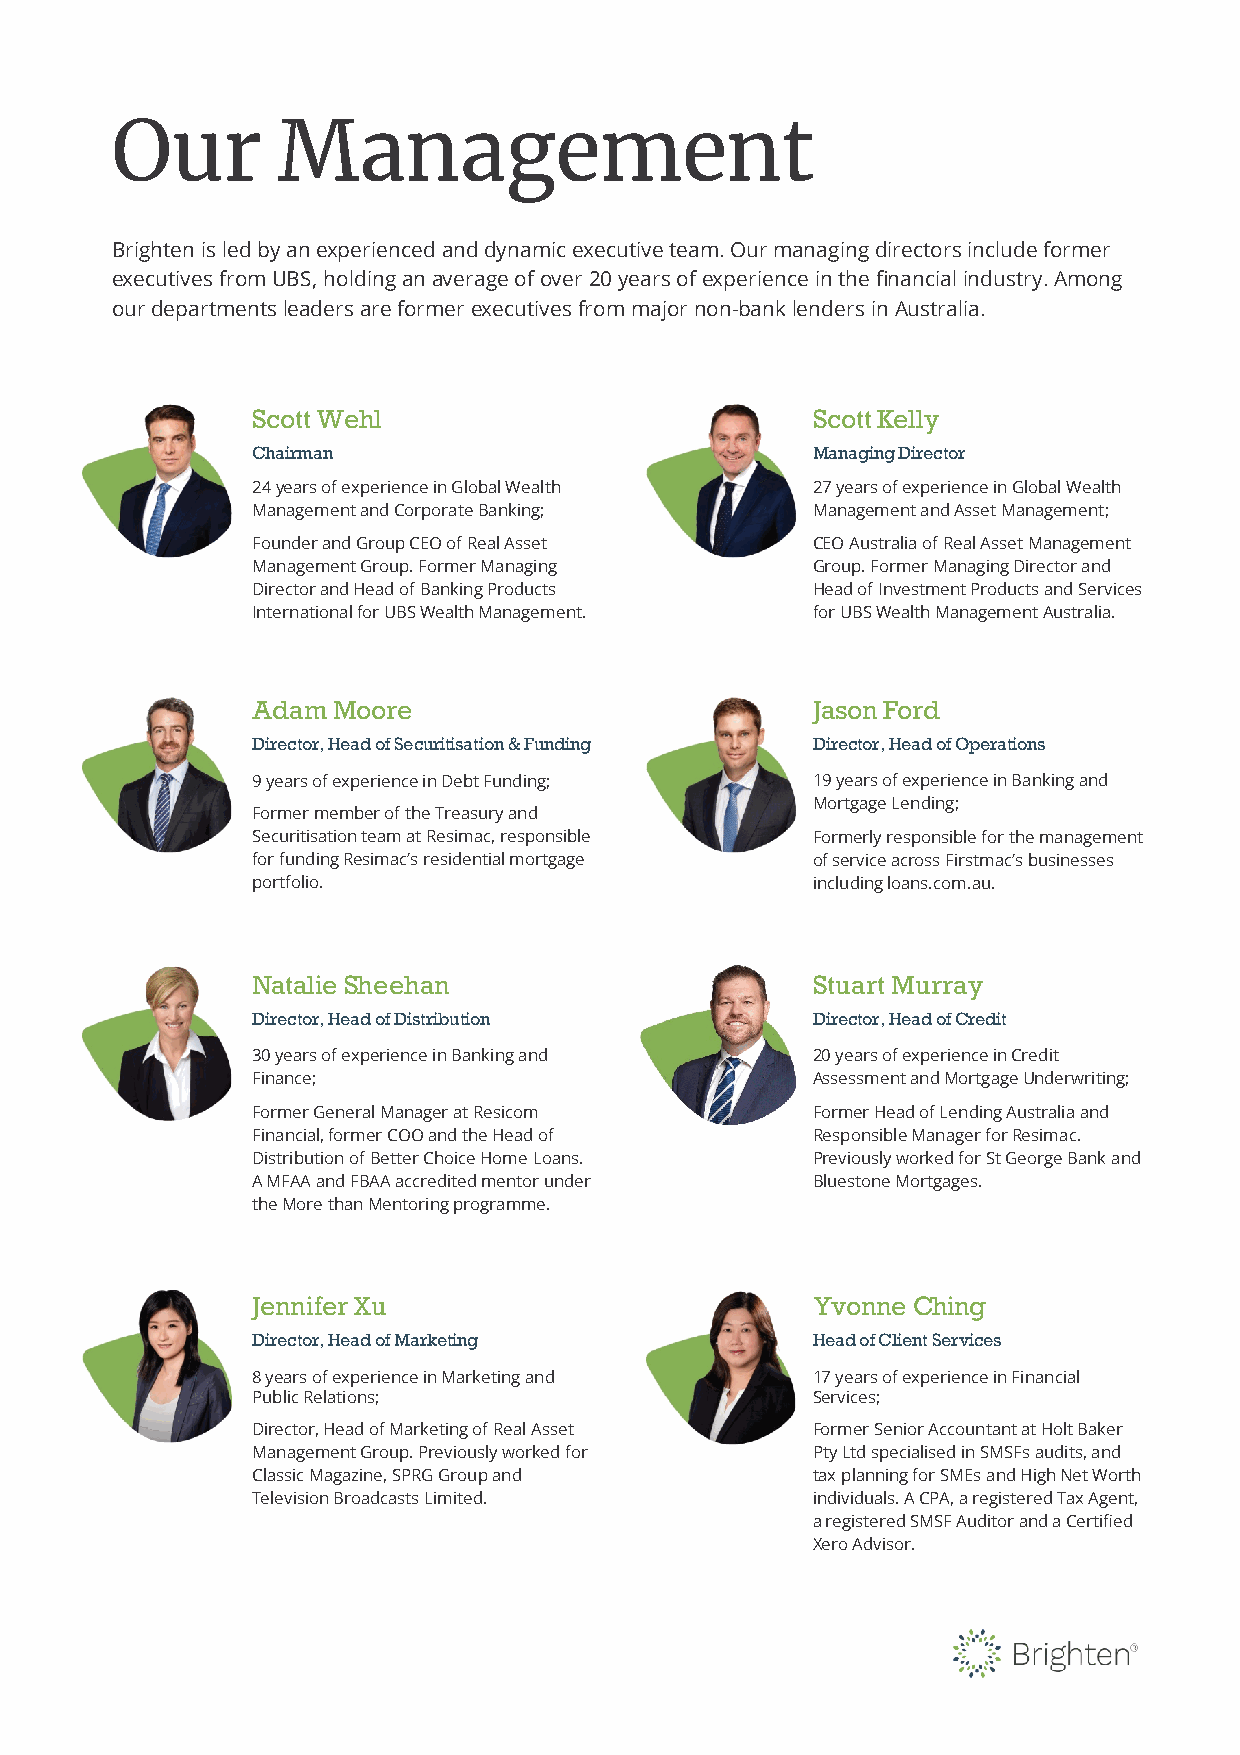
Our        Management
 Brightenisledbyanexperiencedanddynamicexecutiveteam.Ourmanagingdirectorsincludeformer
 executivesfromUBS,holdinganaverageofover20yearsofexperienceinthefinancialindustry.Among
 ourdepartmentsleadersareformerexecutivesfrommajornon-banklendersinAustralia.
 ScottWehl                            ScottKelly
 Chairman                             ManagingDirector
 24years of experience in Global Wealth 27years of experience in Global Wealth
 ManagementandCorporateBanking;       ManagementandAssetManagement;
 Founder and Group CEO of Real Asset  CEO Australia of Real Asset Management
 Management Group. Former Managing    Group. Former Managing Director and
 Director and Head of Banking Products Head of Investment Products and Services
 InternationalforUBSWealthManagement. forUBSWealthManagementAustralia.
 AdamMoore                            JasonFord
 Director,HeadofSecuritisation&Funding Director,HeadofOperations
 9yearsofexperienceinDebtFunding;     19years of experience in Banking and
 Mortgage Lending;
 Former member of the Treasury and
 Securitisation team at Resimac, responsible Formerly responsible for the management
 for funding Resimac’s residential mortgage of service across Firstmac’s businesses
 portfolio.                           including loans.com.au.
 NatalieSheehan                       StuartMurray
 Director,HeadofDistribution          Director,HeadofCredit
 30 years of experience in Banking and 20 years of experience in Credit
 Finance;                             AssessmentandMortgageUnderwriting;
 Former General Manager at Resicom    Former Head of Lending Australia and
 Financial, former COO and the Head of ResponsibleManagerforResimac.
 DistributionofBetterChoiceHomeLoans. Previously worked for St George Bank and
 A MFAA and FBAA accredited mentor under Bluestone Mortgages.
 theMore thanMentoring programme.
 JenniferXu                           Yvonne Ching
 Director,HeadofMarketing             HeadofClientServices
 8 years of experience in Marketing and 17 years of experience in Financial
 Public Relations;                    Services;
 Director, Head of Marketing of Real Asset Former Senior Accountant at Holt Baker
 Management Group. Previously worked for PtyLtdspecialisedinSMSFsaudits,and
 Classic Magazine, SPRG Group and     tax planning for SMEs and High Net Worth
 Television Broadcasts Limited.       individuals. A CPA, a registered Tax Agent,
 a registered SMSF Auditor and a Certified
 Xero Advisor.
 4